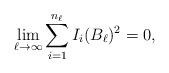
LaTeX: \begin{align*}\lim_{\ell \rightarrow \infty} \sum_{i=1}^{n_{\ell}} I_i(B_{\ell})^2 = 0, \end{align*}